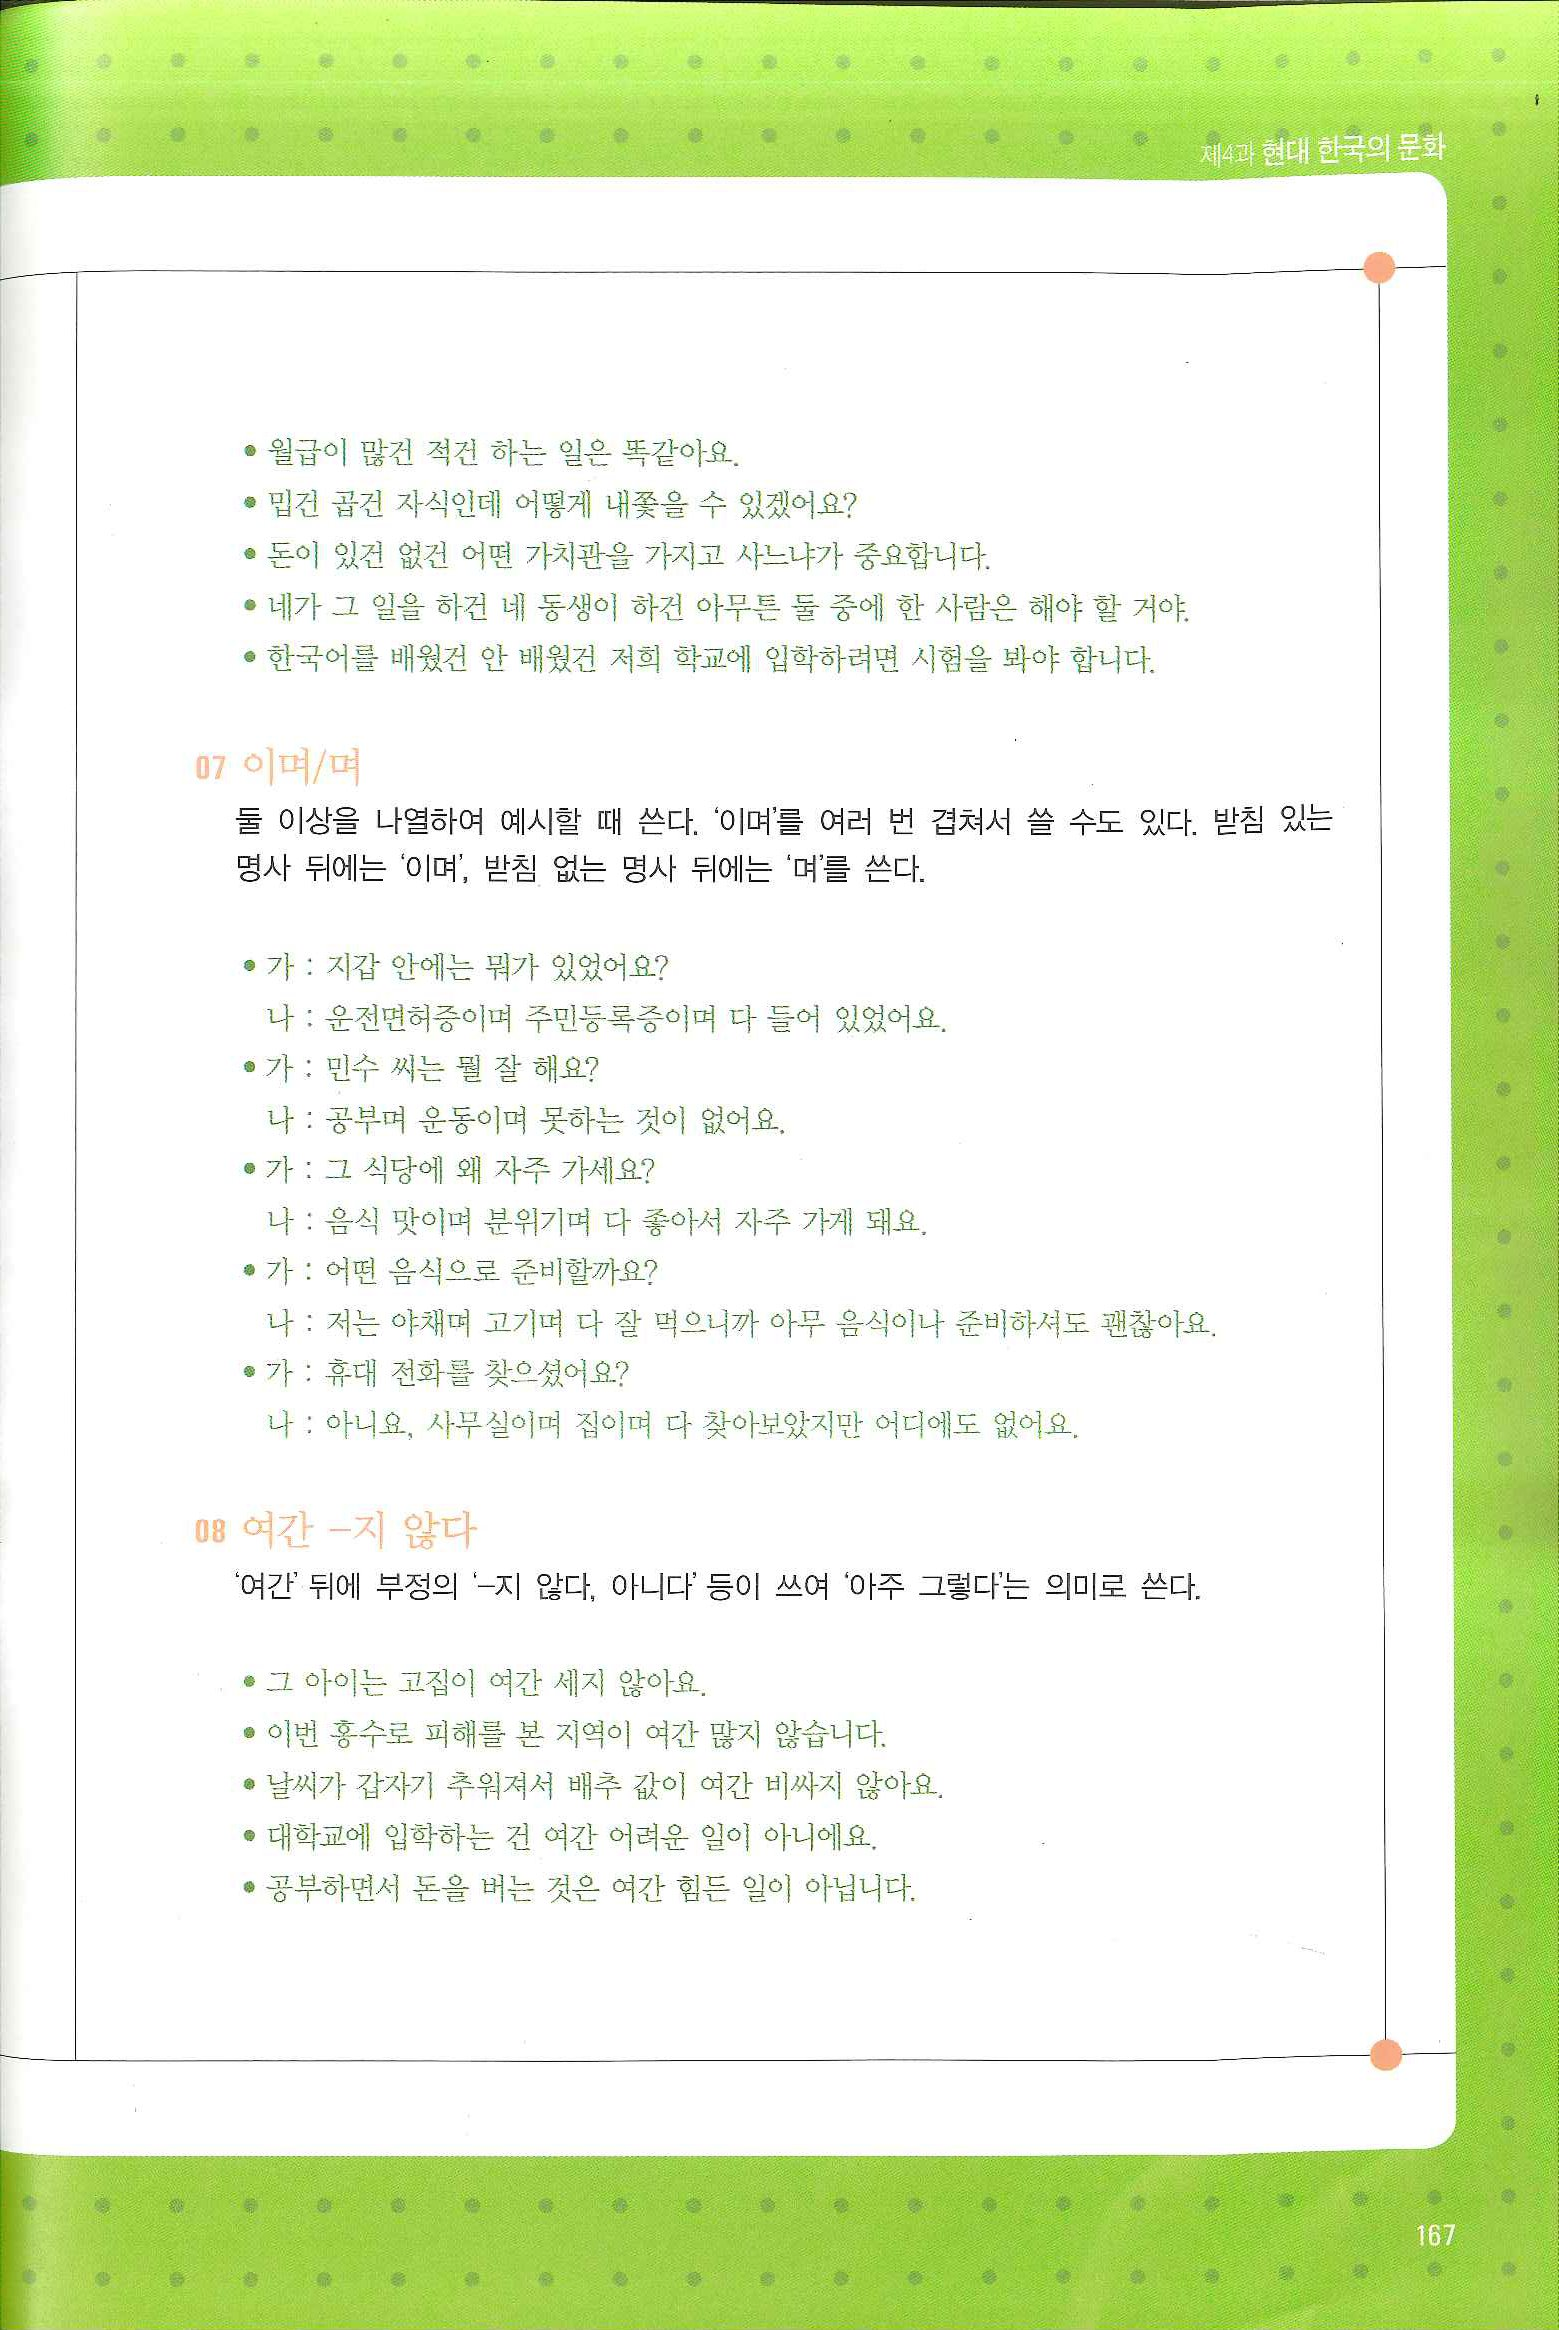
Language: ko